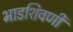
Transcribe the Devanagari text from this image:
भाडशिवणी